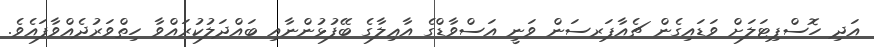
އަދި ހޮސްޕިޓަލަށް ވަޑައިގެން ޗެއާޕަރސަން ވަނީ އަސްވާޑްގެ އާޢިލާގެ ބޭފުޅުންނާއި ބައްދަލުކުރައްވާ ހިތްވަރުދެއްވާފައެވެ.